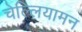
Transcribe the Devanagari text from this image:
चेल्लियामन